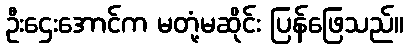
ဦးဌေးအောင်က မတုံ့မဆိုင်း ပြန်ဖြေသည်။